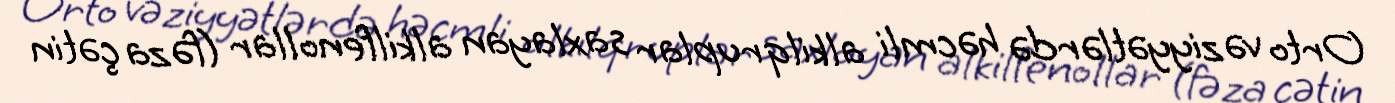
Orto vəziyyətlərdə həcmli alkilqruplar saxlayan alkilfenollar (fəza çətin